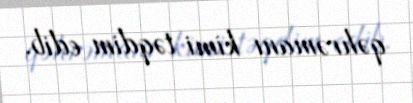
qəhrəmanı kimi təqdim edib.